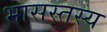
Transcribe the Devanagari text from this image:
भासस्तस्य